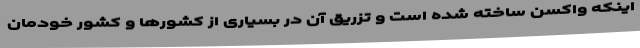
اینکه واکسن ساخته شده است و تزریق آن در بسیاری از کشورها و کشور خودمان